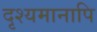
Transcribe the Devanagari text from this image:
दृश्यमानापि